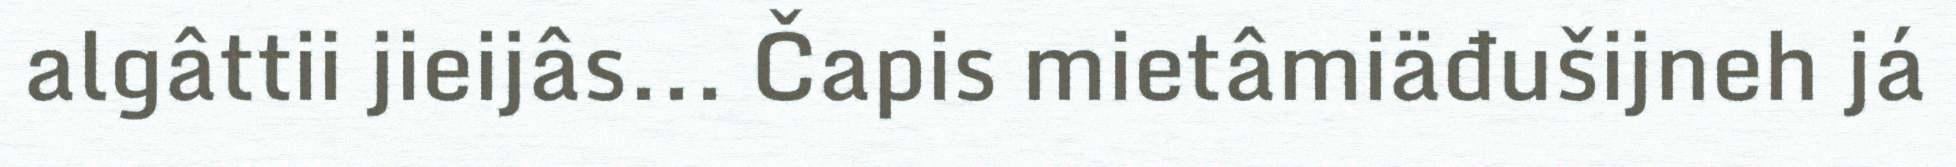
algâttii jieijâs... Čapis mietâmiäđušijneh já